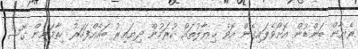
ރެޔާން ބަންޑުން އޮށޯވެލައިގެން އޮވެ ޚިޔާލުތައް ކުރަމުން ދިޔައިރު ބައެއްފަހަރު ހިތާމައިން ގޮސް